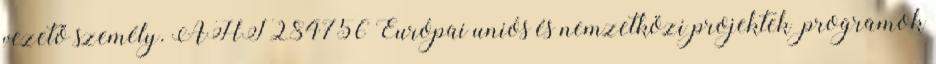
vezető személy. ÁHT 284756 Európai uniós és nemzetközi projektek programok